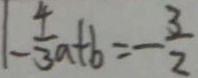
\vert - \frac { 4 } { 3 } a + b = - \frac { 3 } { 2 }